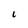
Character: L